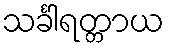
သင်္ခါရတ္တာယ